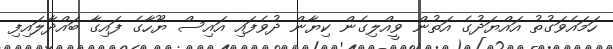
ހަމައެވަގުތު އައްޔަދުގެ އަތުން ވީއްލިގެން ކިޔާން ދުވެފައި އައިސް ޔޫހާގެ ފައިގާ ބައްދާލައިފި